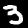
Digit: 3